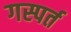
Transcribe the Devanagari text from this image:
गस्पर्त